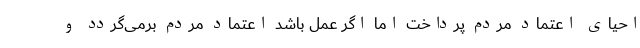
احیای اعتماد مردم پرداخت اما اگر عمل باشد اعتماد مردم برمی‌گردد و